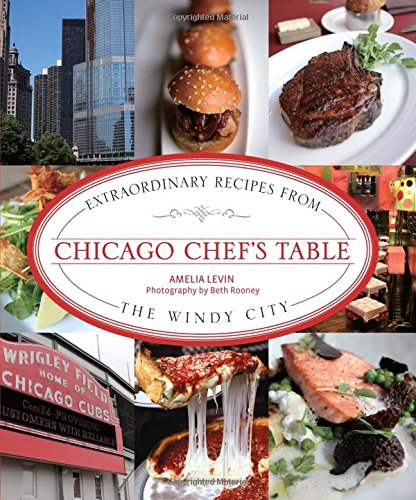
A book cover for Chicago Chef's Table: Extraordinary Recipes From The Windy City; Amelia Levin; Cookbooks, Food & Wine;